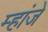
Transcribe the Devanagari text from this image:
म्हांजे